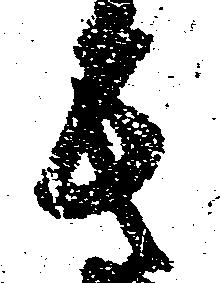
其